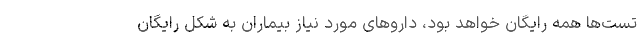
تست‌ها همه رایگان خواهد بود، داروهای مورد نیاز بیماران به شکل رایگان